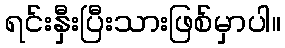
ရင်းနှီးပြီးသားဖြစ်မှာပါ။